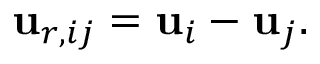
\mathbf { u } _ { r , i j } = \mathbf { u } _ { i } - \mathbf { u } _ { j } .